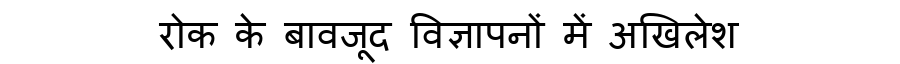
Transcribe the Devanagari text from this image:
रोक के बावजूद विज्ञापनों में अखिलेश